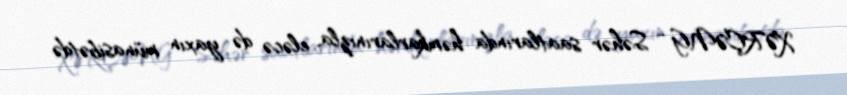
XƏRÇƏNG - Səhər saatlarında həmkarlarınızla, eləcə də yaxın münasibətdə